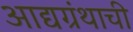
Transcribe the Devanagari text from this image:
आद्यग्रंथाची